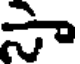
సా